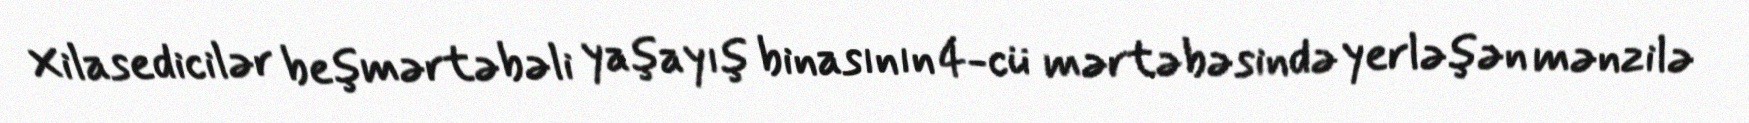
Xilasedicilər beşmərtəbəli yaşayış binasının 4-cü mərtəbəsində yerləşən mənzilə